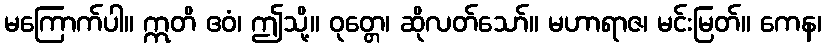
မကြောက်ပါ။ ဣတိ ဧဝံ၊ ဤသို့။ ဝုတ္တေ၊ ဆိုလတ်သော်။ မဟာရာဇ၊ မင်းမြတ်။ ကေန၊